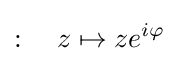
:\quad z\mapsto ze^{i\varphi }